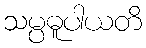
သမ္ပဓူပါယတိ